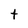
Character: t